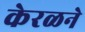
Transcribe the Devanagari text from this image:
केरळने